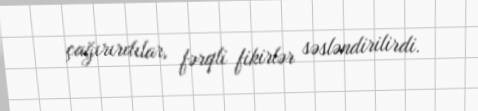
çağırırdılar, fərqli fikirlər səsləndirilirdi.